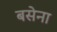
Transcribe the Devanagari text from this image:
बसेना